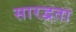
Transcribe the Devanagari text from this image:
सारद्वता